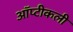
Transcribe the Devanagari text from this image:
ऑप्टीकली